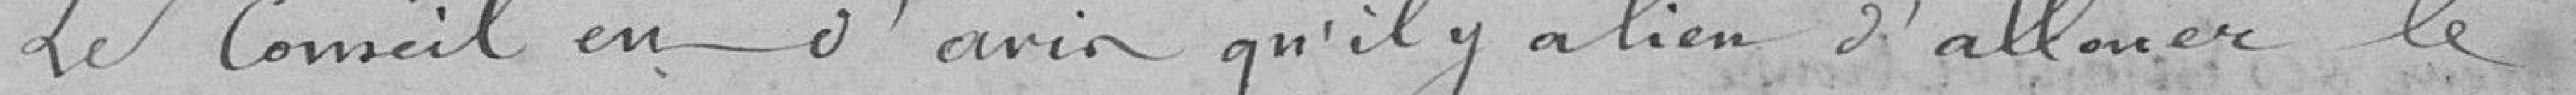
Le Conseil est d'avis qu'il y a lieu d'allouer le